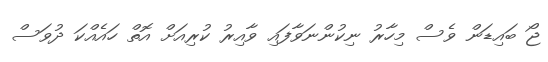
ޖޯ ބައިޑަން ވެސް މިހާރު ނިކުންނަވާފައި ވާއިރު ކުރިއަށް އޮތް ހައެއްކަ ދުވަސް